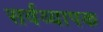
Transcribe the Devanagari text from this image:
सर्वव्‍यापक